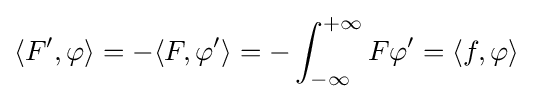
\langle F',\varphi \rangle =-\langle F,\varphi '\rangle =-\int _{-\infty }^{+\infty }F\varphi '=\langle f,\varphi \rangle